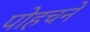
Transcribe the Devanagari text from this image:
पोहचने